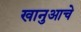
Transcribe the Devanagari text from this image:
खानुआचे